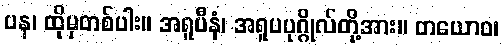
ပန၊ ထိုမှတစ်ပါး။ အရူပီနံ၊ အရူပပုဂ္ဂိုလ်တို့အား။ တယောဝ၊